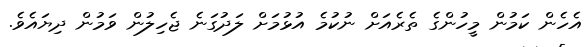
އެހެން ކަމުން މީހުންގެ ތެރެއަށް ނުކުމެ އުޅުމަށް ލަދުގަނެ ޖެހިލުން ވަމުން ދިޔައެވެ.